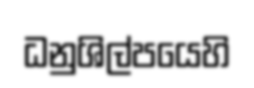
ධනුශිල්පයෙහි